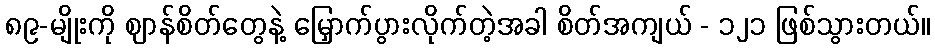
၈၉-မျိုးကို ဈာန်စိတ်တွေနဲ့ မြှောက်ပွားလိုက်တဲ့အခါ စိတ်အကျယ် - ၁၂၁ ဖြစ်သွားတယ်။